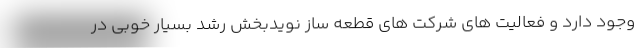
وجود دارد و فعالیت های شرکت های قطعه ساز نویدبخش رشد بسیار خوبی در